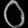
Digit: ၀